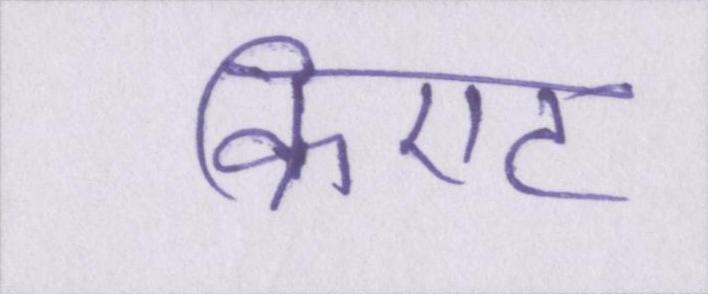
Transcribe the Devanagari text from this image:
क्रिएट